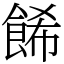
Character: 餙